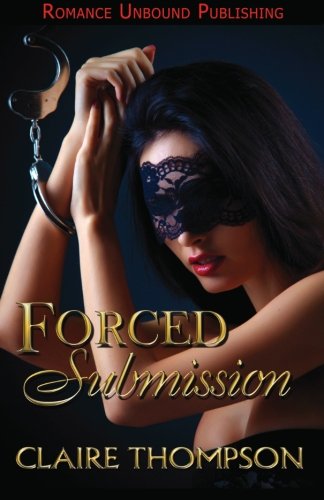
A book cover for Forced Submission; Claire Thompson; Romance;